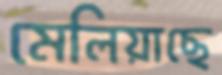
মেলিয়াছে